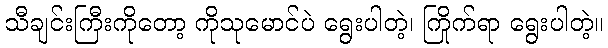
သီချင်းကြီးကိုတော့ ကိုသုမောင်ပဲ ရွေးပါတဲ့၊ ကြိုက်ရာ ရွေးပါတဲ့။